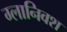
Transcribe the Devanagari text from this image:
ग्लानिवश